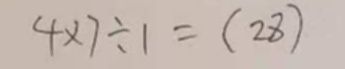
4 \times 7 \div 1 = ( 2 8 )